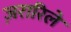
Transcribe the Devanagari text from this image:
ज़रारिले